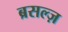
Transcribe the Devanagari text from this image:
ब्रसल्ज़